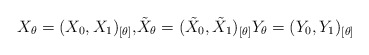
\begin{align*}X_{\theta}=( X_{0},X_{1}) _{\left[ \theta\right] }\text{,}\tilde{X}_{\theta}=( \tilde{X}_{0},\tilde{X}_{1}) _{\left[\theta\right] }Y_{\theta}=( Y_{0},Y_{1}) _{\left[\theta\right] }\end{align*}